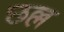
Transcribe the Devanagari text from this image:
छल्ल